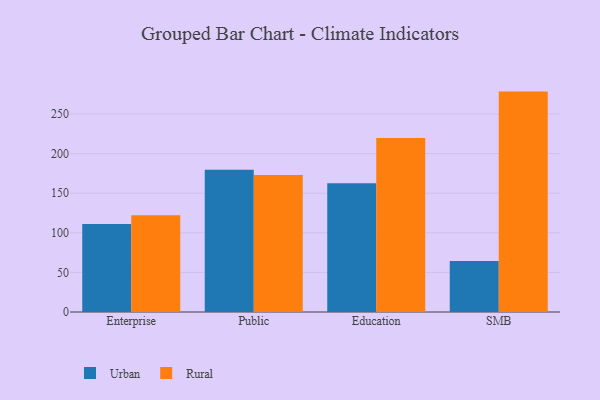
{"axis": {"x": "Segment", "y": "Gross Profit (USD K)"}, "legend": ["Rural", "Urban"], "data": [{"x": "Enterprise", "y": 111.2, "type": "Urban"}, {"x": "Enterprise", "y": 122.0, "type": "Rural"}, {"x": "Public", "y": 179.6, "type": "Urban"}, {"x": "Public", "y": 172.9, "type": "Rural"}, {"x": "Education", "y": 162.5, "type": "Urban"}, {"x": "Education", "y": 219.7, "type": "Rural"}, {"x": "SMB", "y": 64.5, "type": "Urban"}, {"x": "SMB", "y": 278.2, "type": "Rural"}]}